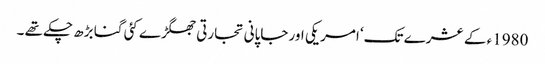
1980ء کے عشرے تک‘ امریکی اور جاپانی تجارتی جھگڑے کئی گنا بڑھ چکے تھے ۔